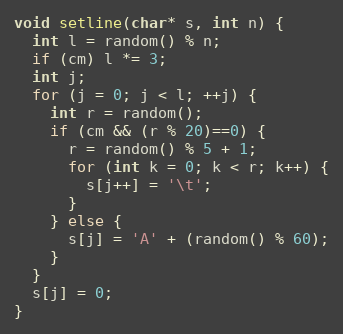
Language: C++
void setline(char* s, int n) {
  int l = random() % n;
  if (cm) l *= 3;
  int j;
  for (j = 0; j < l; ++j) {
    int r = random();
    if (cm && (r % 20)==0) {
      r = random() % 5 + 1;
      for (int k = 0; k < r; k++) {
        s[j++] = '\t';
      }
    } else {
      s[j] = 'A' + (random() % 60);
    }
  }
  s[j] = 0;
}